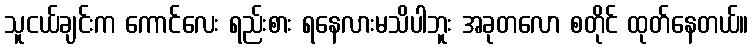
သူငယ်ချင်းက ကောင်လေး ရည်းစား ရနေလားမသိပါဘူး အခုတလော စတိုင် ထုတ်နေတယ်။